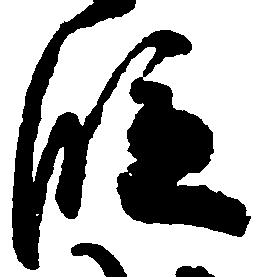
段